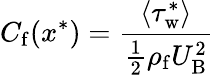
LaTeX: C_{\mathrm{f}}(x^{*})=\frac{\langle\tau_{\mathrm{w}}^{*}\rangle}{\frac{1}{2}\rho_{\mathrm{f}}U_{\mathrm{B}}^{2}}